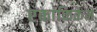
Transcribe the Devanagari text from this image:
एकांकिकेने